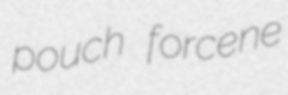
pouch forcene